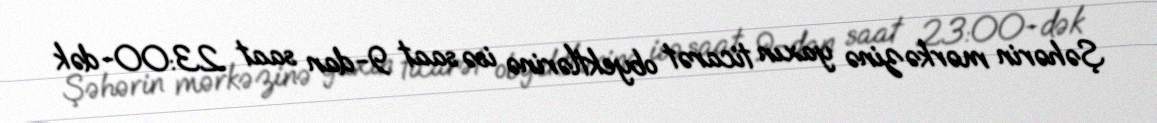
Şəhərin mərkəzinə yaxın ticarət obyektlərinə isə saat 9-dan saat 23:00-dək